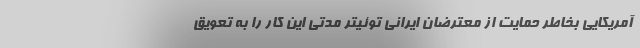
آمریکایی بخاطر حمایت از معترضان ایرانی توئیتر مدتی این کار را به تعویق